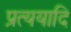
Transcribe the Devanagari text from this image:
प्रत्ययादि